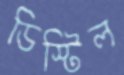
ডিস্টিল